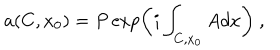
LaTeX: a ( C , x _ { 0 } ) = P \exp \left( i \int _ { C , x _ { 0 } } A d x \right) ~ ,